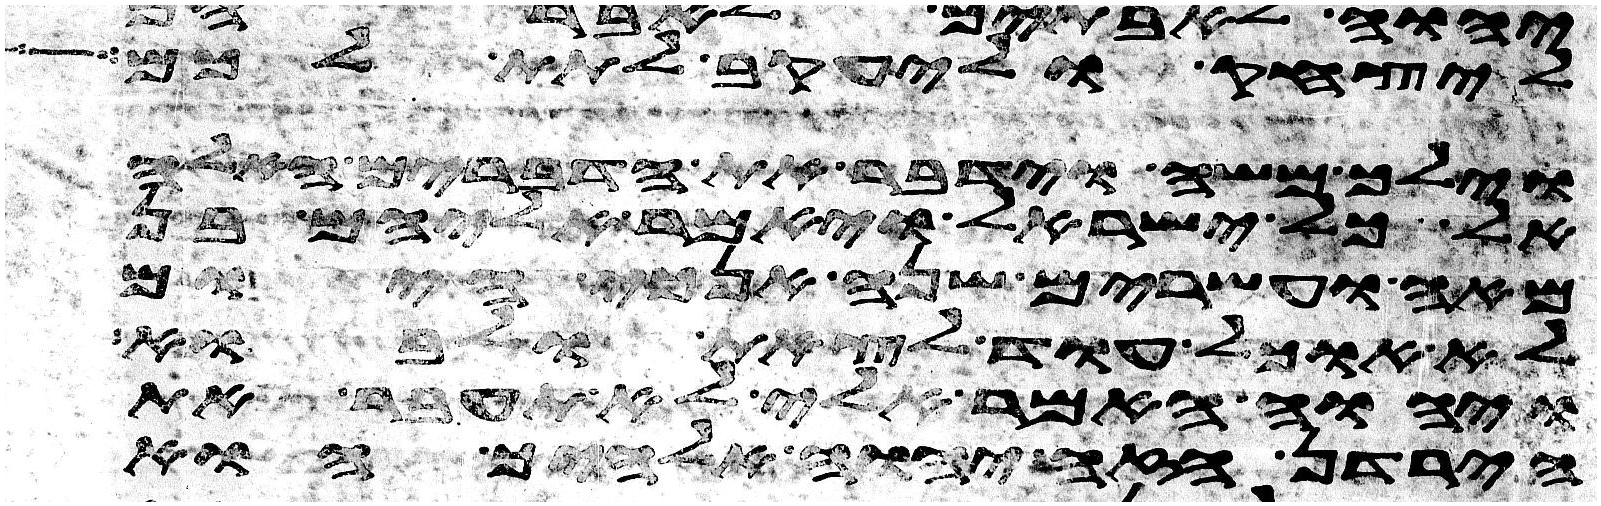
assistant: ליצחק וליעקב לתת לכם
וילך משה וידבר את הדברים האלה
אל כל ישראל ויאמר אליהם בן
מאה ועשרים שנה אנכי היום
לא אוכל עוד לצאת ולאבוא
ויהוה האמר אלי לא תעבר את
הירדן הזה יהוה אלהיך הוא